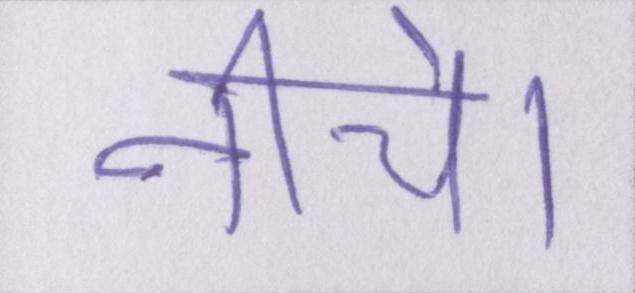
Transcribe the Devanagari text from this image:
नीचे।